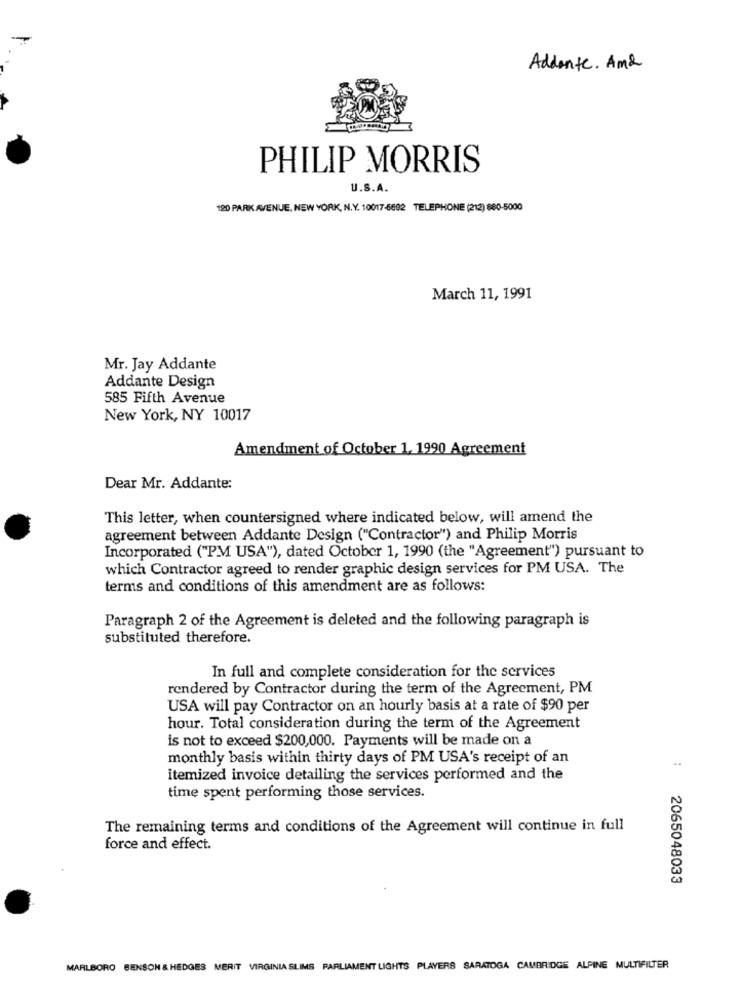
Addente. Ama
PHILIP MORRIS
U.S.A.
120 PARK AVENUE, NEW YORK, N.Y. 10017-6692 TELEPHONE (212) 680-5000
March 11, 1991
Mr. Jay Addante
Addante Design
585 Fifth Avenue
New York, NY 10017
Amendment of October 1, 1990 Agreement
Dear Mr. Addante:
This letter, when countersigned where indicated below, will amend the
agreement between Addante Design ("Contractor") and Philip Morris
Incorporated ("PM USA"), dated October 1, 1990 (the "Agreement") pursuant to
which Contractor agreed to render graphic design services for PM USA. The
terms and conditions of this amendment are as follows:
Paragraph 2 of the Agreement is deleted and the following paragraph is
substituted therefore.
In full and complete consideration for the services
rendered by Contractor during the term of the Agreement, PM
USA will pay Contractor on an hourly basis at a rate of $90 per
hour. Total consideration during the term of the Agreement
is not to exceed $200,000. Payments will be made on a
monthly basis within thirty days of PM USA's receipt of an
itemized invoice detailing the services performed and the
time spent performing those services.
The remaining terms and conditions of the Agreement will continue in full
force and effect.
2065048033
MARLBORO BENSON & HEDGES MERIT VIRGINIA SLIMS PARLIAMENT LIGHTS PLAYERS SARATOGA CAMBRIDGE ALPINE MULTIFILTER